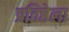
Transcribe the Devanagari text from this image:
प्रतिष्ठेला